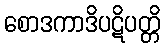
စောဒကာဒိပဋိပတ္တိ